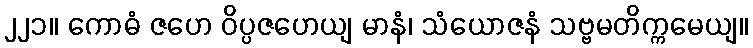
၂၂၁။ ကောဓံ ဇဟေ ဝိပ္ပဇဟေယျ မာနံ၊ သံယောဇနံ သဗ္ဗမတိက္ကမေယျ။